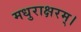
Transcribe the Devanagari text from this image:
मधुराक्षरम्‌।